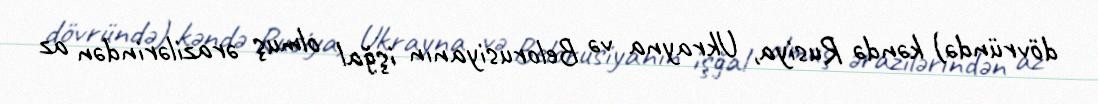
dövründə) kəndə Rusiya, Ukrayna və Belorusiyanın işğal olmuş ərazilərindən az